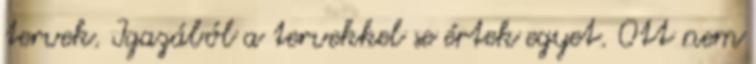
tervek. Igazából a tervekkel se értek egyet. Ott nem